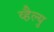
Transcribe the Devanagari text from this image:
व्हैल्यु